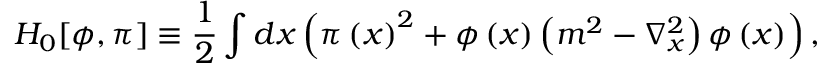
H _ { 0 } [ \phi , \pi ] \equiv \frac { 1 } { 2 } \int d x \left( \pi \left( x \right) ^ { 2 } + \phi \left( x \right) \left( m ^ { 2 } - \nabla _ { x } ^ { 2 } \right) \phi \left( x \right) \right) ,